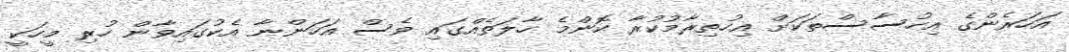
އަހަރެންގެ އިހުސާސްތަކަށް އިހުތިރާމުކުރާ ކޮންމެ ހާލަތެއްގައި ވެސް އަހަންނާ އެކުގައިވާން ހުރި މީހަކީ